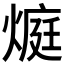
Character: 𭵬